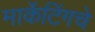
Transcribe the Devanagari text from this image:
मार्केटिंगचे